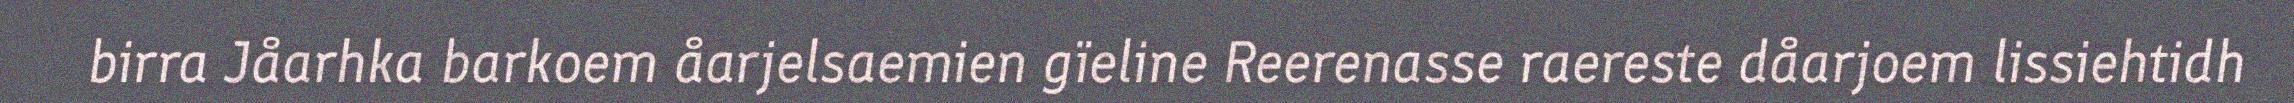
birra Jåarhka barkoem åarjelsaemien gïeline Reerenasse raereste dåarjoem lissiehtidh